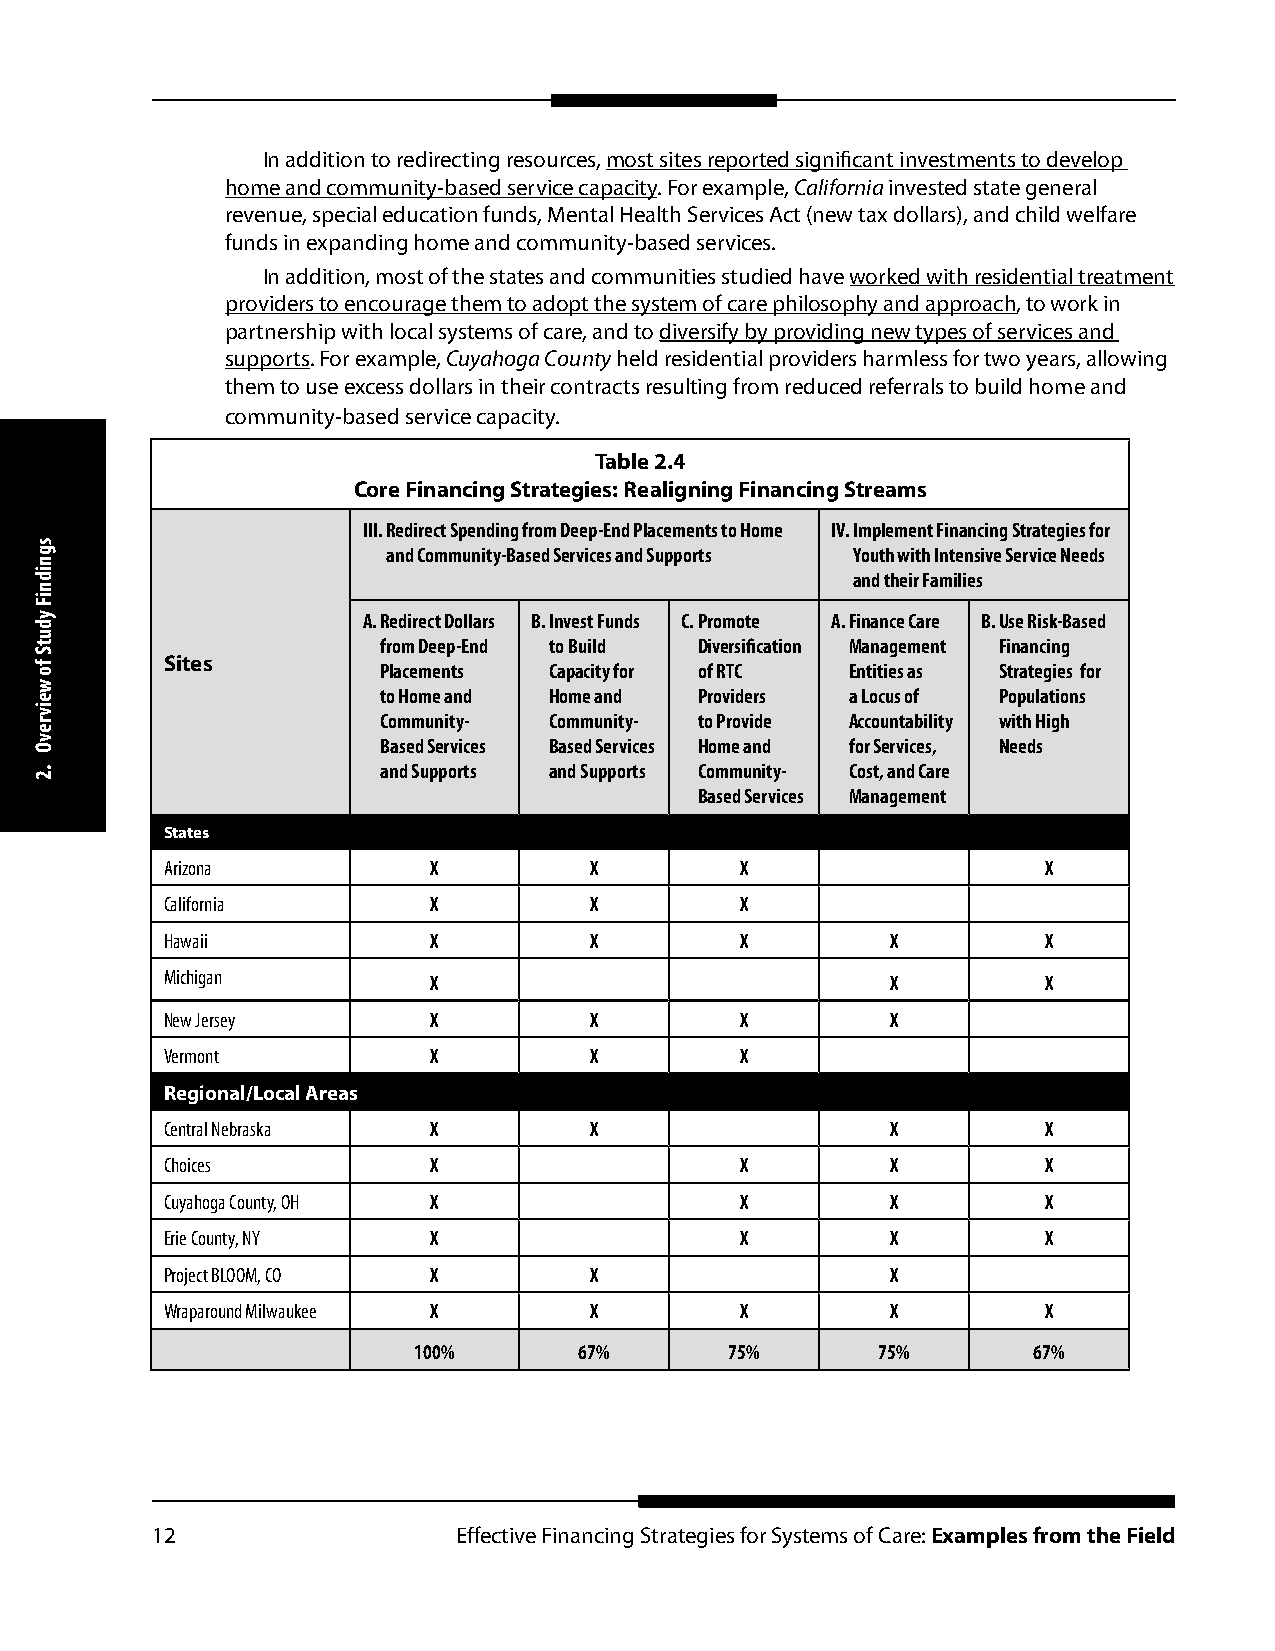
In addition to redirecting resources, most sites reported significant investments to develop
 home and community-based service capacity. For example, California invested state general
 revenue, special education funds, Mental Health Services Act (new tax dollars), and child welfare
 funds in expanding home and community-based services.
 In addition, most of the states and communities studied have worked with residential treatment
 providers to encourage them to adopt the system of care philosophy and approach, to work in
 partnership with local systems of care, and to diversify by providing new types of services and
 supports. For example, Cuyahoga County held residential providers harmless for two years, allowing
 them to use excess dollars in their contracts resulting from reduced referrals to build home and
 community-based service capacity.
 Table 2.4
 Core Financing Strategies: Realigning Financing Streams
 III. Redirect Spending from Deep-End Placements to Home IV. Implement Financing Strategies for
 and Community-Based Services and Supports Youth with Intensive Service Needs
 and their Families
 A. Redirect Dollars B. Invest Funds C. Promote A. Finance Care B. Use Risk-Based
 from Deep-End to Build Diversification Management Financing
 Sites         Placements Capacity for of RTC Entities as Strategies for
 to Home and Home and Providers a Locus of Populations
 Community- Community- to Provide Accountability with High
 Based Services Based Services Home and for Services, Needs
 and Supports and Supports Community- Cost, and Care
 Based Services Management
 States
 Arizona          X          X         X                   X
 California       X          X         X
 Hawaii           X          X         X         X         X
 Michigan         X                              X         X
 New Jersey       X          X         X         X
 Vermont          X          X         X
 Regional/Local Areas
 Central Nebraska X          X                   X         X
 Choices          X                    X         X         X
 Cuyahoga County, OH X                 X         X         X
 Erie County, NY  X                    X         X         X
 Project BLOOM, CO X         X                   X
 Wraparound Milwaukee X      X         X         X         X
 100%       67%       75%       75%       67%
 12                  Effective Financing Strategies for Systems of Care: Examples from the Field
 sgnidniF
 ydutS
 fo
 weivrevO
 .2